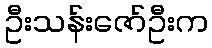
ဦးသန်းဇော်ဦးက